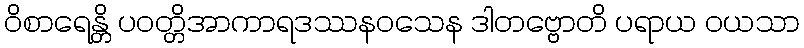
ဝိစာရေန္တိ ပဝတ္တိအာကာရဒဿနဝသေန ဒါတဗ္ဗောတိ ပရာယ ဝယသာ